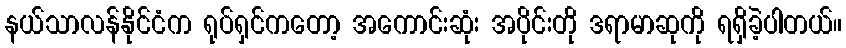
နယ်သာလန်နိုင်ငံက ရုပ်ရှင်ကတော့ အကောင်းဆုံး အပိုင်းတို ဒရာမာဆုကို ရရှိခဲ့ပါတယ်။